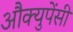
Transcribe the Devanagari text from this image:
औक्युपेंसी